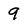
Character: 9